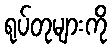
ရုပ်တုများကို